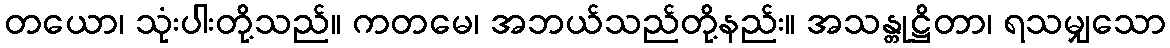
တယော၊ သုံးပါးတို့သည်။ ကတမေ၊ အဘယ်သည်တို့နည်း။ အသန္တုဋ္ဌိတာ၊ ရသမျှသော